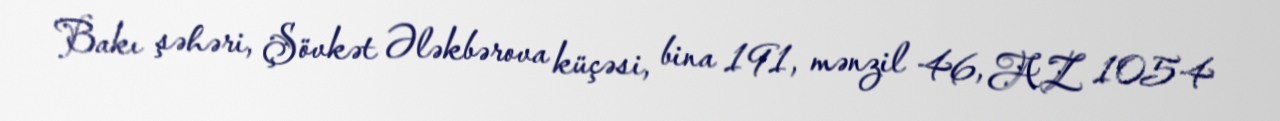
Bakı şəhəri, Şövkət Ələkbərova küçəsi, bina 191, mənzil 46, AZ 1054